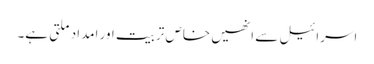
اسرائیل سے انھیں خاص تربیت اور امداد ملتی ہے۔